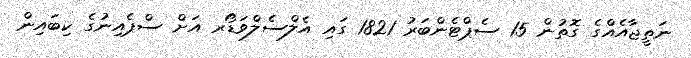
ނަތީޖާއެއްގެ ގޮތުން 15 ސެޕްޓެންބަރު 1821 ގައި އެލްސެލްވަޑޯރ އަށް ސްޕެއިނުގެ ކިބައިން